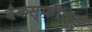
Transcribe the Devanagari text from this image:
बैकस्फील्ड